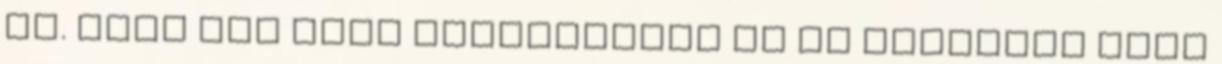
ún. Nagy Kék Lyuk képződményt és az esőerdők maja